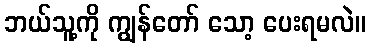
ဘယ်သူ့ကို ကျွန်တော် သော့ ပေးရမလဲ။